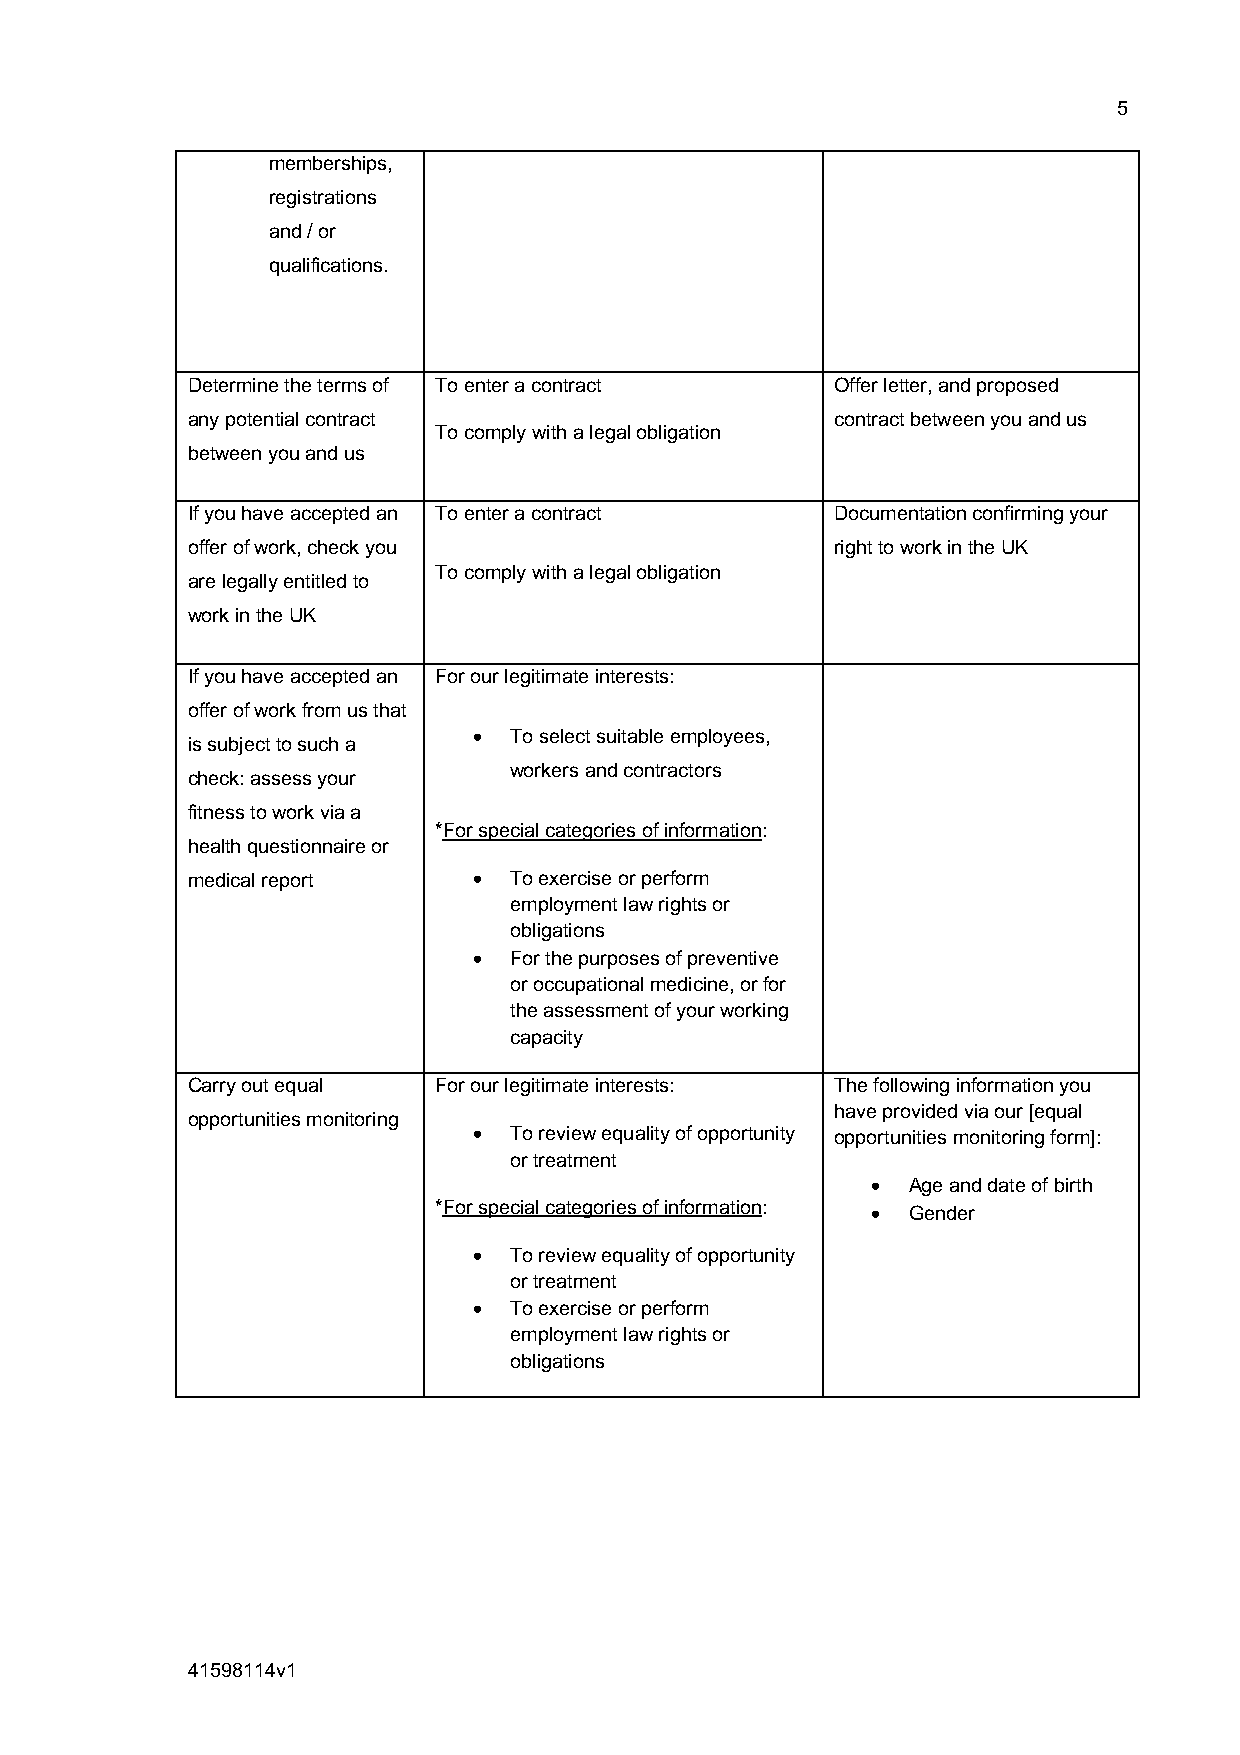
5
 memberships,
 registrations
 and / or
 qualifications.
 Determine the terms of To enter a contract Offer letter, and proposed
 any potential contract                     contract between you and us
 To comply with a legal obligation
 between you and us
 If you have accepted an To enter a contract Documentation confirming your
 offer of work, check you                   right to work in the UK
 To comply with a legal obligation
 are legally entitled to
 work in the UK
 If you have accepted an For our legitimate interests:
 offer of work from us that
 •  To select suitable employees,
 is subject to such a
 workers and contractors
 check: assess your
 fitness to work via a
 *For special categories of information:
 health questionnaire or
 medical report     •  To exercise or perform
 employment law rights or
 obligations
 •  For the purposes of preventive
 or occupational medicine, or for
 the assessment of your working
 capacity
 Carry out equal  For our legitimate interests: The following information you
 have provided via our [equal
 opportunities monitoring
 •  To review equality of opportunity opportunities monitoring form]:
 or treatment
 • Age and date of birth
 *For special categories of information:
 • Gender
 •  To review equality of opportunity
 or treatment
 •  To exercise or perform
 employment law rights or
 obligations
 41598114v1